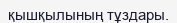
қышқылының тұздары.